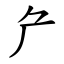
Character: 厃